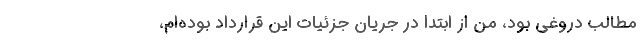
مطالب دروغی بود، من از ابتدا در جریان جزئیات این قرارداد بوده‌ام،